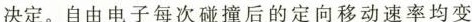
决定。自由电子每次碰撞后的定向移动速率均变